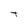
Character: t